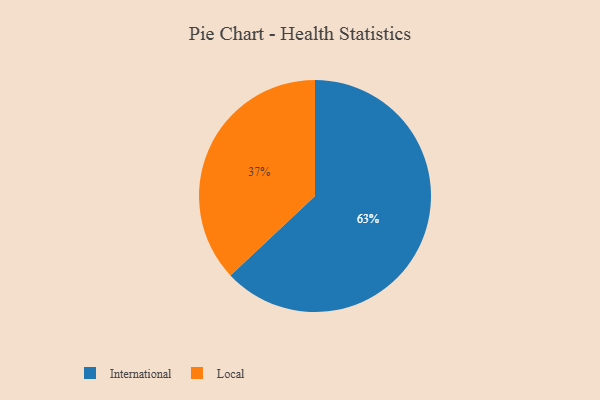
{"axis": {"x": "Category", "y": "Percentage"}, "legend": ["International", "Local"], "data": [{"x": "International", "y": 63, "type": "International"}, {"x": "Local", "y": 37, "type": "Local"}]}